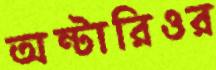
অন্টারিওর